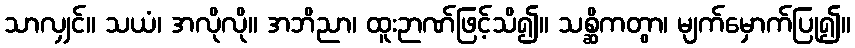
သာလျှင်။ သယံ၊ အလိုလို။ အဘိညာ၊ ထူးဉာဏ်ဖြင့်သိ၍။ သစ္ဆိကတွာ၊ မျက်မှောက်ပြု၍။